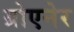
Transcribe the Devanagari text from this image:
ग्रोएनेर